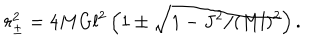
r _ { \pm } ^ { 2 } = 4 M G l ^ { 2 } \left( 1 \pm \sqrt { 1 - J ^ { 2 } / ( M l ) ^ { 2 } } \right) .